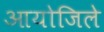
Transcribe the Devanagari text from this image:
आयोजिले